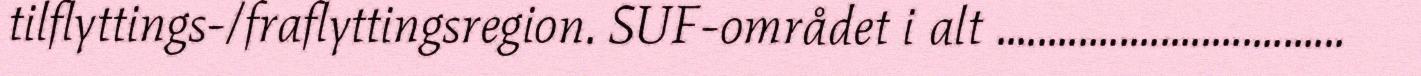
tilflyttings-/fraflyttingsregion. SUF-området i alt ..................................